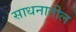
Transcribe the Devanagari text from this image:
साधनातील